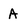
Character: A